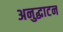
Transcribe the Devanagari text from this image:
अनुद्घाटन